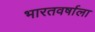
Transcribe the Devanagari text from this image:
भारतवर्षाला